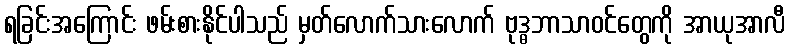
ရခြင်းအကြောင်း ဖမ်းစားနိုင်ပါသည် မှတ်လောက်သားလောက် ဗုဒ္ဓဘာသာဝင်တွေကို အာယုအာလီ